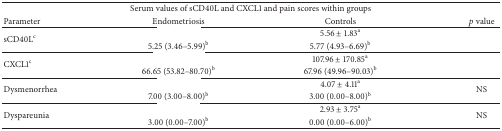
<table><thead><tr><td colspan="4"><b>Serum values of sCD40L and CXCL1 and pain scores within groups </b></td></tr><tr><td><b>Parameter</b></td><td><b>Endometriosis</b></td><td><b>Controls</b></td><td><b><i>p</i> value</b></td></tr></thead><tbody><tr><td rowspan="2">sCD40L<sup>c</sup></td><td>[EMPTY_CELL]</td><td>5.56 ± 1.83<sup>a</sup></td><td rowspan="2">[EMPTY_CELL]</td></tr><tr><td>5.25 (3.46–5.99)<sup>b</sup></td><td>5.77 (4.93–6.69)<sup>b</sup></td></tr><tr><td rowspan="2">CXCL1<sup>c</sup></td><td>[EMPTY_CELL]</td><td>107.96 ± 170.85<sup>a</sup></td><td rowspan="2">[EMPTY_CELL]</td></tr><tr><td>66.65 (53.82–80.70)<sup>b</sup></td><td>67.96 (49.96–90.03)<sup>b</sup></td></tr><tr><td rowspan="2">Dysmenorrhea</td><td>[EMPTY_CELL]</td><td>4.07 ± 4.11<sup>a</sup></td><td rowspan="2">NS</td></tr><tr><td>7.00 (3.00–8.00)<sup>b</sup></td><td>3.00 (0.00–8.00)<sup>b</sup></td></tr><tr><td rowspan="2">Dyspareunia</td><td>[EMPTY_CELL]</td><td>2.93 ± 3.75<sup>a</sup></td><td rowspan="2">NS</td></tr><tr><td>3.00 (0.00–7.00)<sup>b</sup></td><td>0.00 (0.00–6.00)<sup>b</sup></td></tr></tbody></table>